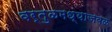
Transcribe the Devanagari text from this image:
वर्तुळमध्याजवळ